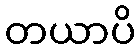
တယာပိ